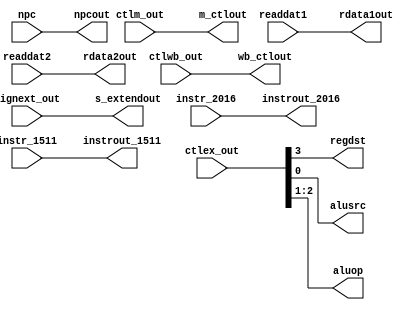
// Course: CSE 401- Computer Architecture
// Term: Winter 2020
// Name: Erika Gutierrez
// ID: 005318270

`timescale 1ns / 1ps
/*   id_ex.v  */

module id_ex(
	input		wire 	[1:0]		ctlwb_out,
	input		wire 	[2:0]		ctlm_out,
	input		wire 	[3:0]		ctlex_out,
	input		wire 	[31:0]	npc, readdat1, readdat2, signext_out,
	input		wire	[4:0]		instr_2016, instr_1511,
	output	reg	[1:0]		wb_ctlout,
	output	reg	[2:0]		m_ctlout,
	output	reg				regdst, alusrc,
	output	reg	[1:0]		aluop,
	output	reg 	[31:0]	npcout, rdata1out, rdata2out, s_extendout,
	output	reg	[4:0]		instrout_2016, instrout_1511
 );

initial
begin
      //Assign 0's to everything
  		wb_ctlout <= 0;
	  	m_ctlout <= 0;
	  	regdst <= 0;
	  	aluop <= 0;
	  	alusrc <= 0;
	  	npcout <= 0;
	  	rdata1out <= 0;
	  	rdata2out <= 0;
	  	s_extendout <= 0;
		  instrout_2016 <= 0;
		  instrout_1511 <= 0;
end

always @ *
begin
     //Wire the inputs to the outputs corresponding outputs
 		 #1
	 	 wb_ctlout <= ctlwb_out;
		 m_ctlout <= ctlm_out;
		 regdst <= ctlex_out[3];
		 aluop <= ctlex_out[2:1];
		 alusrc <= ctlex_out[0];
		 npcout <= npc;
		 rdata1out <= readdat1;
		 rdata2out <= readdat2;
		 s_extendout <= signext_out;
		 instrout_2016 <= instr_2016;
		 instrout_1511 <= instr_1511;
end
endmodule //id_ex